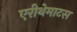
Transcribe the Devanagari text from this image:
एरीथेमाटस